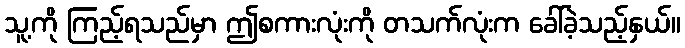
သူ့ကို ကြည့်ရသည်မှာ ဤစကားလုံးကို တသက်လုံးက ခေါ်ခဲ့သည့်နှယ်။